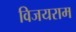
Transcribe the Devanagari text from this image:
विजयराम